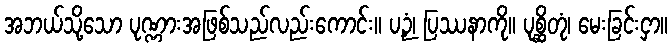
အဘယ်သို့သော ပုဏ္ဏားအဖြစ်သည်လည်းကောင်း။ ပဉှံ၊ ပြဿနာကို။ ပုစ္ဆိတုံ၊ မေးခြင်းငှာ။